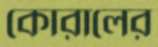
কোরালের